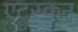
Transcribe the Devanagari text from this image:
एट्रुस्कन